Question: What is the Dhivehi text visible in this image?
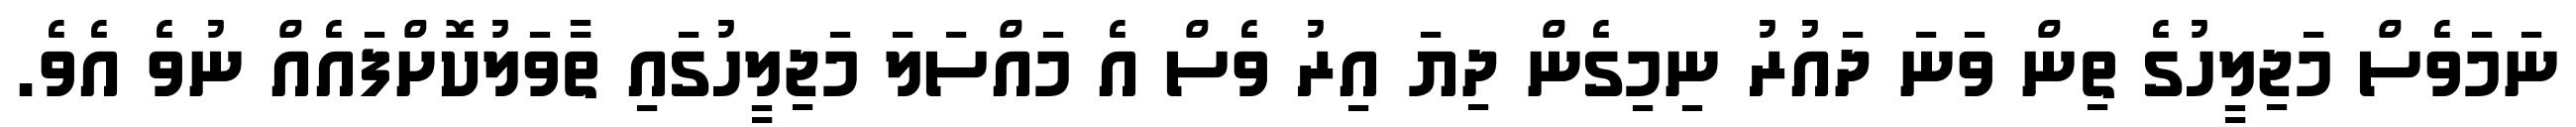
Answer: ނަމަވެސް މަޖިލީހުގެ ތިން ވަނަ ދައުރު ނިމިގެން ދިޔަ އިރު ވެސް އެ މައްސަލަ މަޖިލީހުގައި ތާވަލުކޮށްފައެއް ނުވެ އެވެ.